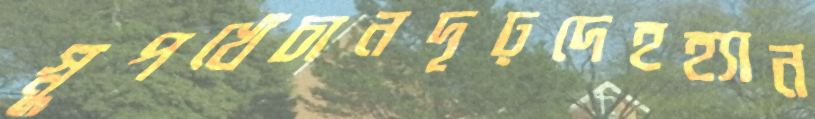
স্নুপখেঁচানদৃঢ়দেহহ্যান